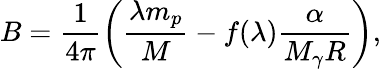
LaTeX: B=\frac{1}{4\pi}\left(\frac{\lambda m_{p}}{M}-f(\lambda)\frac{\alpha}{M_{\gamma}R}\right),